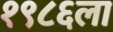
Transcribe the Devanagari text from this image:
१९८६ला